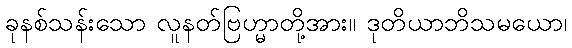
ခုနစ်သန်းသော လူနတ်ဗြဟ္မာတို့အား။ ဒုတိယာဘိသမယော၊